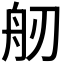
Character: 𦨔